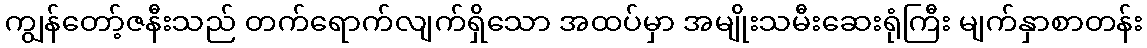
ကျွန်တော့်ဇနီးသည် တက်ရောက်လျက်ရှိသော အထပ်မှာ အမျိုးသမီးဆေးရုံကြီး မျက်နှာစာတန်း